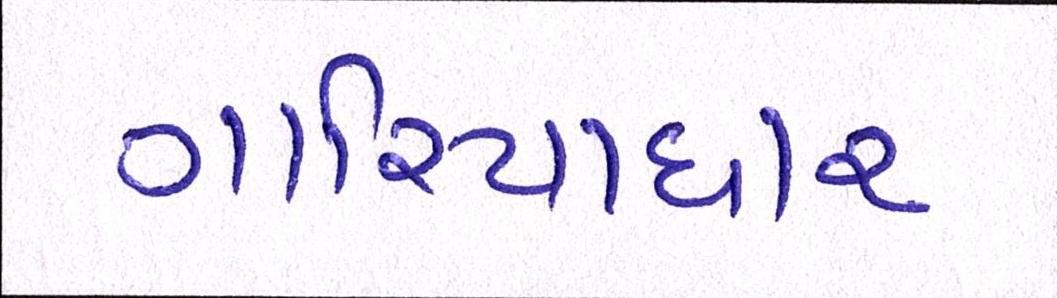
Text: ગારિયાધાર